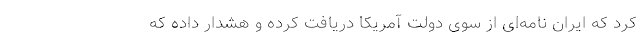
کرد که ایران نامه‌ای از سوی دولت آمریکا دریافت کرده و هشدار داده که